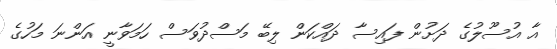
އާ އުސޫލުގެ ދަށުން ފައިސާ ދައްކަން ލިބޭ މަސްދުވަސް ހަމަވާނީ އަންނަ މަހުގެ